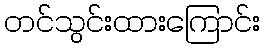
တင်သွင်းထားကြောင်း